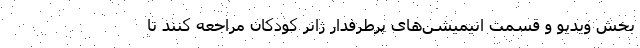
بخش ویدیو و قسمت انیمیشن‌های پرطرفدار ژانر کودکان مراجعه کنند تا